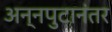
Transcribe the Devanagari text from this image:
अन्नपुटानंतर